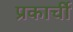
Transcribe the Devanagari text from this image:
प्रकार्ची